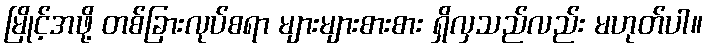
မြိုင့်အဖို့ တစ်ခြားလုပ်စရာ များများစားစား ရှိလှသည်လည်း မဟုတ်ပါ။